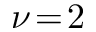
\nu \! = \! 2